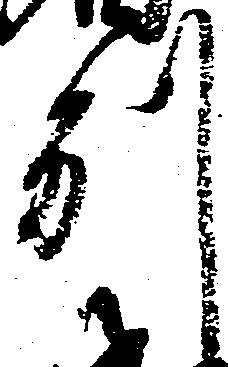
別